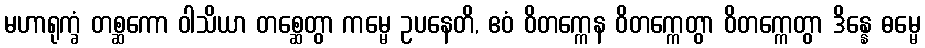
မဟာရုက္ခံ တစ္ဆကော ဝါသိယာ တစ္ဆေတွာ ကမ္မေ ဥပနေတိ, ဧဝံ ဝိတက္ကေန ဝိတက္ကေတွာ ဝိတက္ကေတွာ ဒိန္နေ ဓမ္မေ